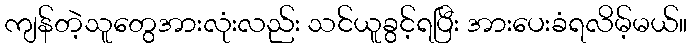
ကျန်တဲ့သူတွေအားလုံးလည်း သင်ယူခွင့်ရပြီး အားပေးခံရလိမ့်မယ်။